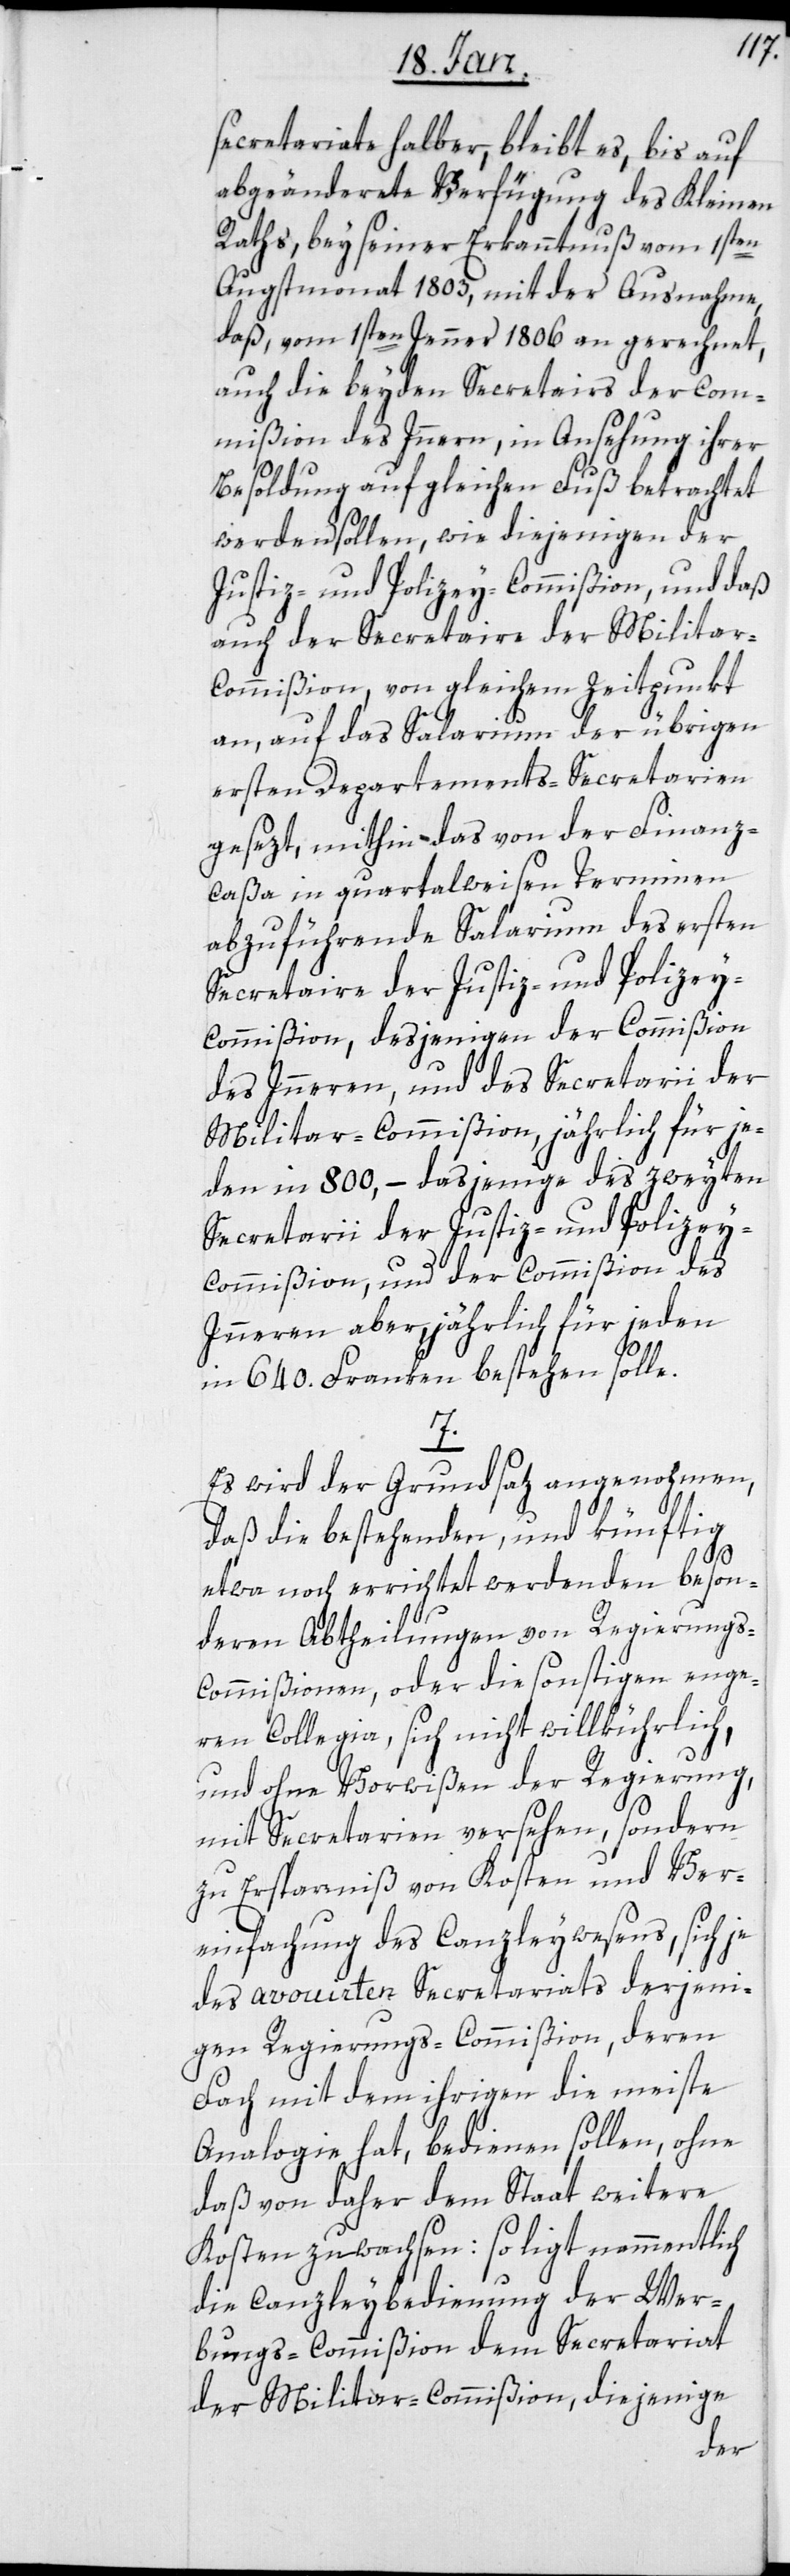
secretariate halber, bleibt es, bis auf
abgeänderte Verfügung des Kleinen
Raths, bey seiner Erkanntnuß vom 1sten
Augstmonat 1803, mit der Ausnahme,
daß vom 1sten Jenner 1806 an gerechnet,
auch die beyden Secretairs der Com¬
mißion des Inneren, in Ansehung ihrer
Besoldung auf gleichen Fuß betrachtet
werden sollen, wie diejenigen der
Justiz- und Polizey-Commißion, und daß
auch der Secretaire der Milita¬
r-Commißion, von gleichem Zeitpunkt
an, auf das Salarium der übrigen
ersten Departements-Secretarien
gesezt, mithin das von der Finanz¬
caßa in quartalweisen Terminen
abzuführende Salarium des ersten
Secretaire der Justiz- und Polize¬
y-Commißion, desjenige der Commißion
des Inneren, und des Secretarii der
Militar-Commißion, jährlich für je¬
den in 800, – dasjenige des zweyten
Secretarii der Justiz- und Polizey¬
commißion und der Commißion des
Inneren aber, jährlich für jeden
in 640. Franken bestehen solle.
7.
Es wird der Grundsatz angenohmen,
daß die bestehenden, und künftig
etwa noch errichtet werdenden beson¬
deren Abtheilungen von Regierungs-C¬
ommißionen, oder die sonstigen enge¬
ren Collegia, sich nicht willkührlich,
und ohne Vorwißen der Regierung,
mit Secretarien versehen, sondern
zu Ersparniß von Kosten und Ver¬
einfachung des Canzleywesens, sich je
des avouierten Secretariats derjeni¬
gen Regierungs-Commißion, deren
Fach mit dem ihrigen die meiste
Analogie hat, bedienen sollen, ohne
daß von daher dem Staat weitere
Kosten zuwachsen: So ligt nammentlich
die Canzleybedienung der Wer¬
bungs-Commißion dem Secretariat
der Militar-Commißion, diejenige